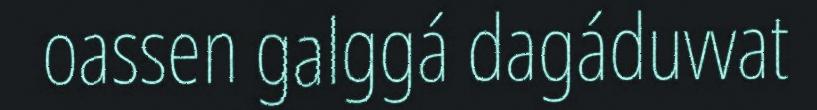
oassen galggá dagáduvvat